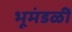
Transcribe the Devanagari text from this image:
भूमंडळीं